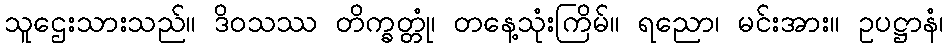
သူဌေးသားသည်။ ဒိဝသဿ တိက္ခတ္တုံ၊ တနေ့သုံးကြိမ်။ ရညော၊ မင်းအား။ ဥပဋ္ဌာနံ၊